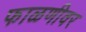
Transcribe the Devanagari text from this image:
फाळणीवर